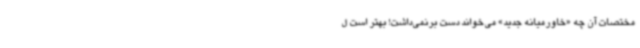
مختصات آن چه «خاورمیانه جدید» می‌خواند دست برنمی‌داشت! بهتر است ل